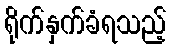
ရိုက်နှက်ခံရသည့်